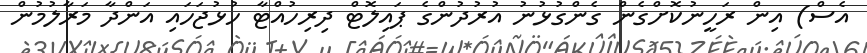
އެސް) އިން ރަހީނުކޮށްގެން ގެންގުޅުނު އުރުދުންގެ ޕައިލޮޓް ދިރިހުއްޓާ ހުޅުޖަހައި އަންދާ މަރާލުމުން